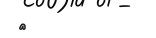
٦